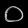
Digit: ၀